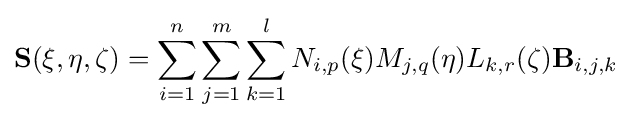
{\textbf {S}}(\xi ,\eta ,\zeta )=\sum _{i=1}^{n}\sum _{j=1}^{m}\sum _{k=1}^{l}N_{i,p}(\xi )M_{j,q}(\eta )L_{k,r}(\zeta ){\textbf {B}}_{i,j,k}